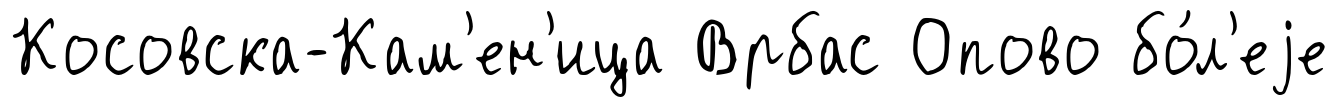
Косовска-Кам'ен'ица Врбас Опово бо́л'еjе